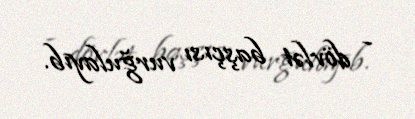
- dövlət başçısı vurğulayıb.